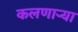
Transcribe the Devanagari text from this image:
कलणाऱ्या